Indian journal of veterinary science and animal husbandry - Volumes 24-25, 1954-1955
Year: 1954
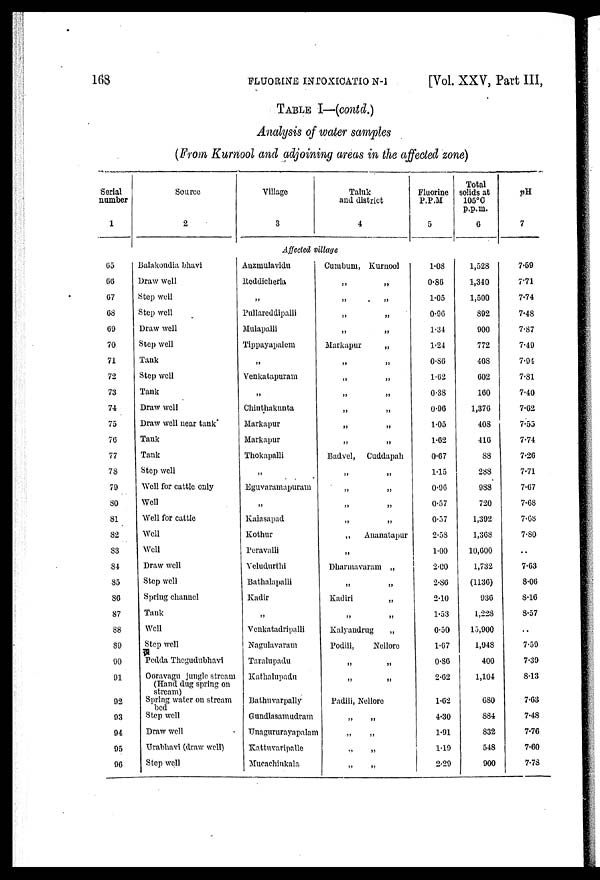
168
FLUORINE
INTOXICATION-1
[Vol. XXV, Part III,
TABLE I—(contd.)
Analysis of water samples
(From Kurnool and adjoining areas in the affected zone)
Serial
number
1
Source
2
Village
3
Taluk
and district
4
Fluorine
P.P.M
5
Total
solids at
105°0
p.p.m.
6
pH
7
Affected village
65
66
67
68
09
70
71
72
73
74
75
76
77
78
79
80
81
82
83
84
85
86
87
88
89
90
91
92
93
94
95
96
Balakondia bhavi
Draw well
Step well
Step well
Draw well
Step well
Tank
Step well
Tank
Draw well
Draw well near tank
Tank
Tank
Step well
Well for cattle only
Well
Well for cattle
Well
Well
Draw well
Step well
Spring channel
Tank
Well
Step well
Pedda Thegudubhavi
Ooravagu jungle stream
(Hand dug spring on
stream)
Spring water on stream
bed
Step well
Draw well
Urabhavi (draw well)
Step well
Auzmulavidu
Reddicherla
„
Pullareddipalli
Mulapalli
Tippayapalem
„
Venkatapuram
„
Chinthakunta
Markapur
Markapur
Thokapalli
„
Eguvaramapuram
„
Kalasapad
Kothur
Peravalli
Veludurthi
Bathalapalli
Kadir
„
Venkatadripalli
Nagulavaram
Taralupadu
Kathalupadu
Bathuvarpally
Gundlasamudram
Unagururayapalam
Kattuvaripalle
Mucachinkala
Cumbum, Kurnool
„ „
„ „
„ „
„ „
Markapur
„
„ „
„ „
„ „
„ „
„ „
„ „
Badvel, Cuddapah
„ „
„ „
„ „
„ „
„
Ananatapur
„
Dharmavaram „
„ „
Kadiri
„
„ „
Kalyaudrug
„
Podili,
Nellore
„ „
„ „
Padili, Nellore
„ „
„ „
„ „
„ „
1.08
0.86
1.05
0.96
1.34
1.24
0.86
1.62
0.38
0.96
1.05
1.62
0.67
1.15
0.96
0.57
0.57
2.58
1.00
2.00
2.86
2.10
1.53
0.50
1.67
0.86
2.62
1.62
4.30
1.91
1.19
2.29
1,528
1,340
1,500
892
900
772
408
602
160
1,376
408
416
88
288
988
720
1,392
1,368
10,600
1,732
(1136)
936
1,228
15,900
1,948
400
1,104
680
884
832
548
900
7.59
7.71
7.74
7.48
7.87
7.49
7.94
7.81
7.40
7.62
7.55
7.74
7.26
7.71
7.67
7.68
7.68
7.80
. .
7.63
8.06
8.16
8.57
. .
7.59
7.39
8.13
7.63
7.48
7.76
7.60
7.78